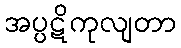
အပ္ပဋိကုလျတာ